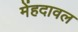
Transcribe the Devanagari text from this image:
मेंहदावल